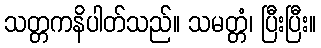
သတ္တကနိပါတ်သည်။ သမတ္တံ၊ ပြီးပြီး။